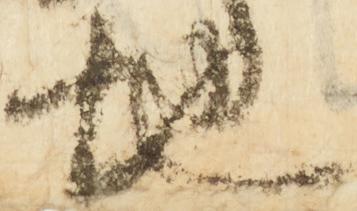
地